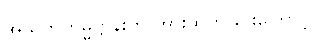
အသုဘကမ္မဋ္ဌာန်းကို အားထုတ်ခြင်းကြောင့်